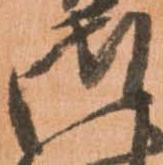
御